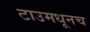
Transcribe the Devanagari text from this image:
टाउमधूनच